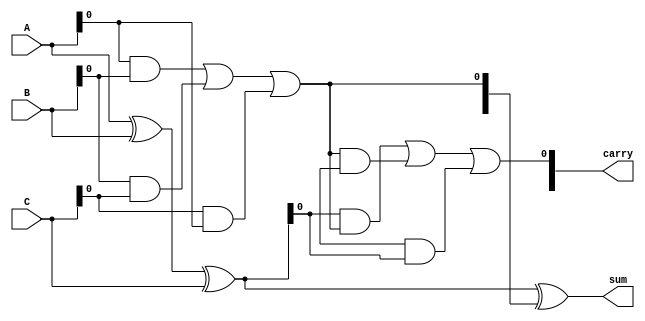
module CSA_3bit (
    input [2:0] A,
    input [2:0] B,
    input [2:0] C,
    output [2:0] sum,
    output [2:0] carry
);

// Internal signals for sum and carry
wire [2:0] S1, C1;
wire [2:0] S2, C2;

// Full adder for three inputs
// Stage 1: 3-bit full adders
assign S1 = A ^ B ^ C;       // Sum of A, B, C
assign C1[0] = (A & B) | (B & C) | (C & A); // Carry generation

// Stage 2: Assuming next stage takes S1 and C1
// For example, let's add another set of inputs D, E, F
wire [2:0] D, E, F; // Assume D, E, F are also 3-bit inputs
wire [2:0] S3, C3;

// Full adder for the next stage (you can add more stages as needed)
assign S2 = S1 ^ C1; // Sum from previous stage
assign C2[0] = (S1 & C1) | (C1 & C3) | (C3 & S1); // carry generation

// Final stage outputs (for the last carry and final result)
assign sum = S2;      // Final sum output
assign carry = C2;    // Final carry output

endmodule